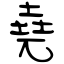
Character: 堯